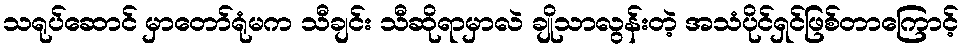
သရုပ်ဆောင် မှာတော်ရုံမက သီချင်း သီဆိုရာမှာလဲ ချိုသာလွန်းတဲ့ အသံပိုင်ရှင်ဖြစ်တာကြောင့်